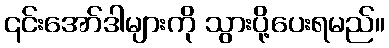
၎င်းအော်ဒါများကို သွားပို့ပေးရမည်။